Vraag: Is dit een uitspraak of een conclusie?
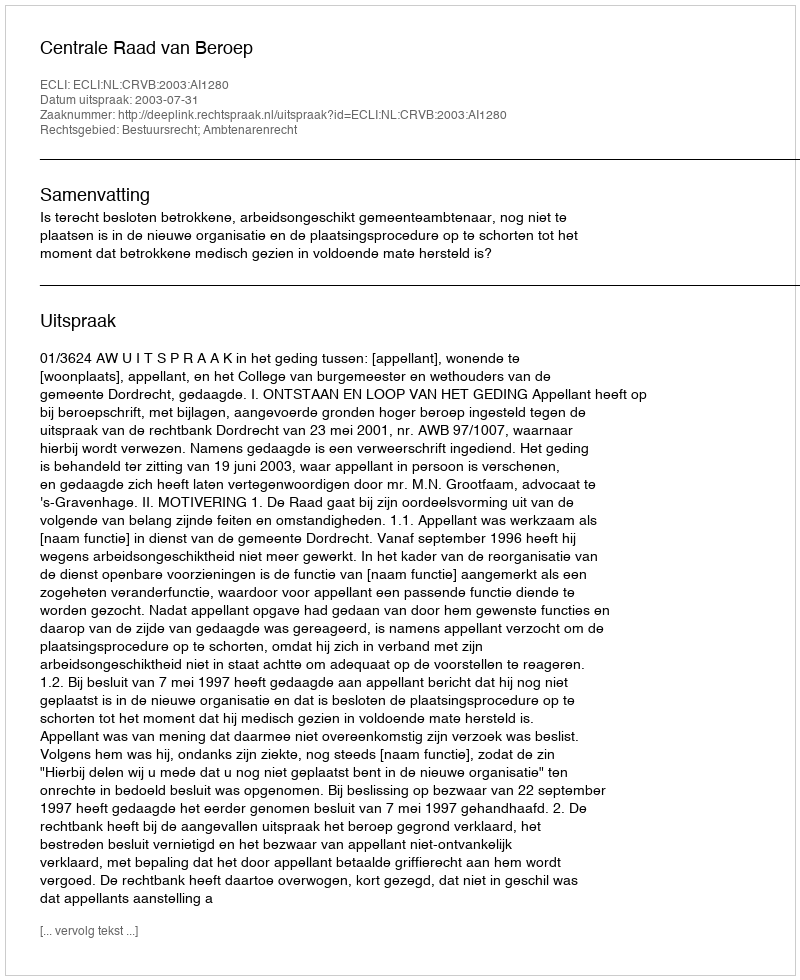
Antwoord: Uitspraak